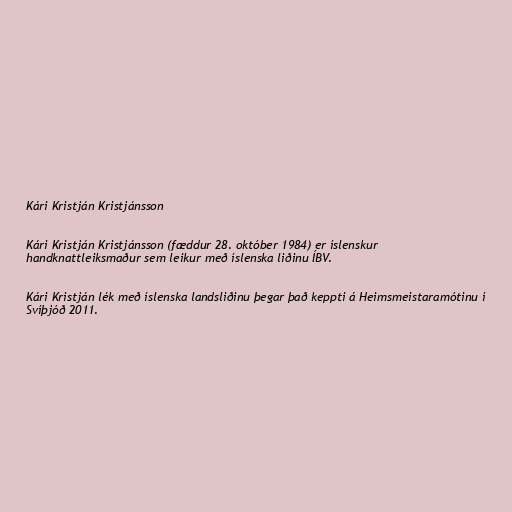
Kári Kristján Kristjánsson

Kári Kristján Kristjánsson (fæddur 28. október 1984) er íslenskur
handknattleiksmaður sem leikur með íslenska liðinu ÍBV.

Kári Kristján lék með íslenska landsliðinu þegar það keppti á Heimsmeistaramótinu í
Svíþjóð 2011.